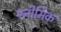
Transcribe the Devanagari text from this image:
एनीमिक